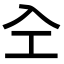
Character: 㒰